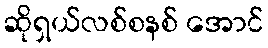
ဆိုရှယ်လစ်စနစ် အောင်